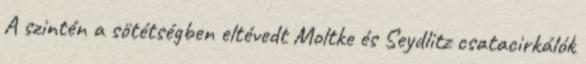
A szintén a sötétségben eltévedt Moltke és Seydlitz csatacirkálók